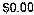
$0.00